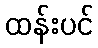
ထန်းပင်